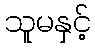
သူမနှင့်